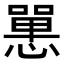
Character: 𢠸